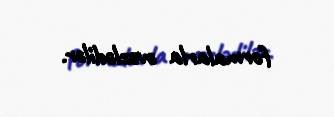
formalarla əvəzlədilər.